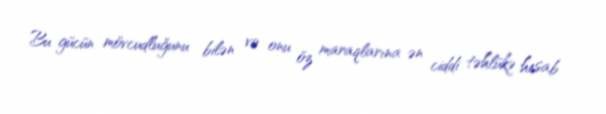
Bu gücün mövcudluğunu bilən və onu öz maraqlarına ən ciddi təhlükə hesab